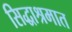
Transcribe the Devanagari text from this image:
सिद्धाश्रमात